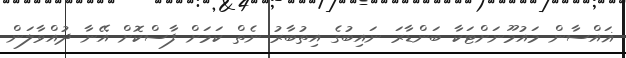
ޣައްސާން މައުމޫނަށްޓަކާ ބަންޑާރަ ނައިބުގެ އިތުބާރު ނެތް ކަމަށް ފާސްކޮށް އޭނާ ދުއްވާލަން